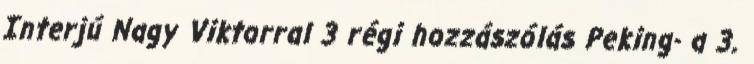
Interjú Nagy Viktorral 3 régi hozzászólás Peking- a 3.